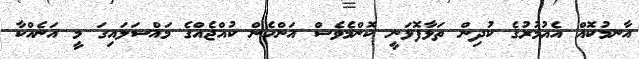
އާނމުކޮއް އެއުމުރުގެ ކުދިން ތަޅާފޮޅަނީ ކޮންމެވެސް އަންހެން ކުއްޖެެއްގެ މައްސަލައިގަ މީ އަނެއްކާ